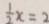
\frac { 1 } { 2 } x = 2